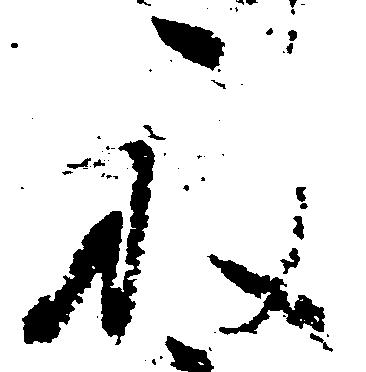
被